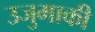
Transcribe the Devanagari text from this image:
उजुमाकी